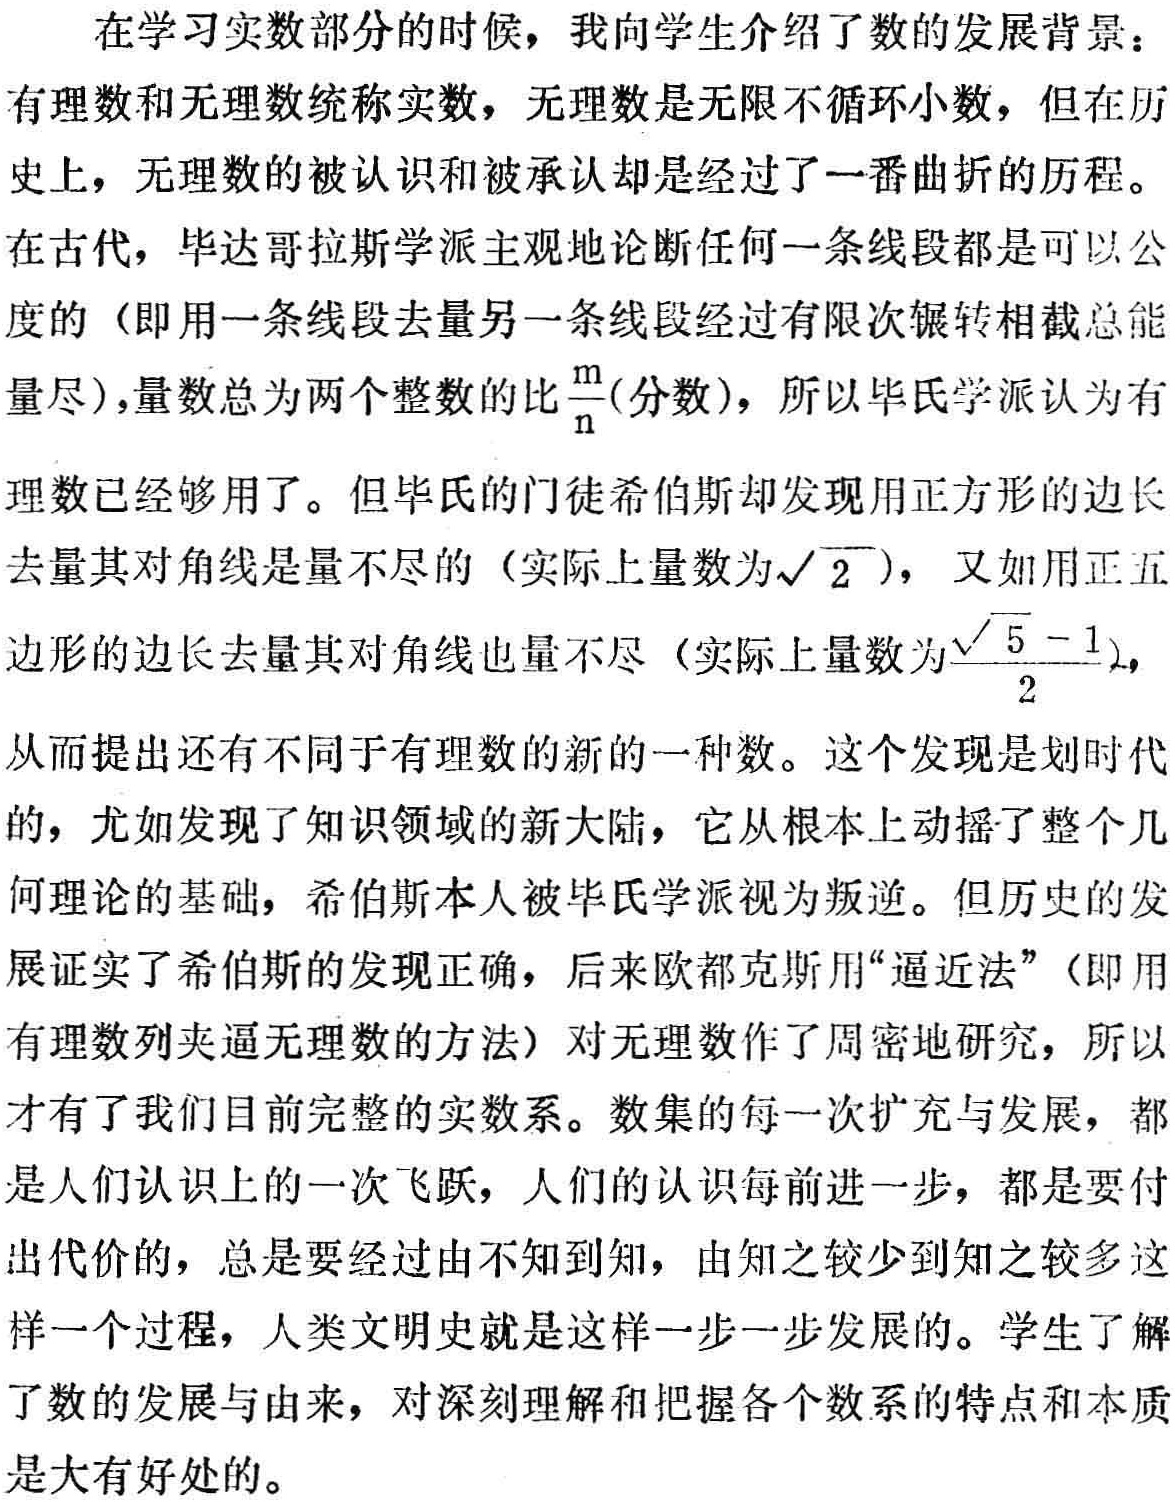
在学习实数部分的时候，我向学生介绍了数的发展背景：
有理数和无理数统称实数，无理数是无限不循环小数，但在历
史上，无理数的被认识和被承认却是经过了一番曲折的历程。
在古代，毕达哥拉斯学派主观地论断任何一条线段都是可以公
度的（即用一条线段去量另一条线段经过有限次辗转相截总能
量尽），量数总为两个整数的比$\frac{m}{n}$(分数)，所以毕氏学派认为有
理数已经够用了。但毕氏的门徒希伯斯却发现用正方形的边长
去量其对角线是量不尽的（实际上量数为$\sqrt{2}$），又如用正五
边形的边长去量其对角线也量不尽（实际上量数为$\frac{\sqrt{5}-1}{2}$），
从而提出还有不同于有理数的新的一种数。这个发现是划时代
的，尤如发现了知识领域的新大陆，它从根本上动摇了整个几
何理论的基础，希伯斯本人被毕氏学派视为叛逆。但历史的发
展证实了希伯斯的发现正确，后来欧都克斯用“逼近法”（即用
有理数列夹逼无理数的方法）对无理数作了周密地研究，所以
才有了我们目前完整的实数系。数集的每一次扩充与发展，都
是人们认识上的一次飞跃，人们的认识每前进一步，都是要付
出代价的，总是要经过由不知到知，由知之较少到知之较多这
样一个过程，人类文明史就是这样一步一步发展的。学生了
解了数的发展与由来，对深刻理解和把握各个数系的特点和本质
是大有好处的。